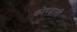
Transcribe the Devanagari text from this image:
कोण्डाली